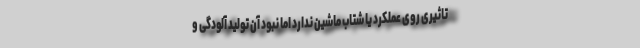
تاثیری روی عملکرد یا شتاب ماشین ندارد اما نبود آن تولید آلودگی و